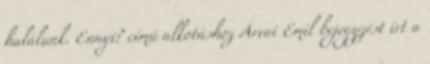
halálunk. Ennyi? című alkotáshoz Árvai Emil bejegyzést írt a